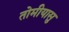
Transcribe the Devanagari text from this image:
तोमीयासु